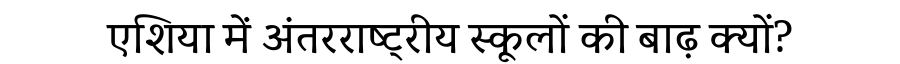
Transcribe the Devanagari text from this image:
एशिया में अंतरराष्ट्रीय स्कूलों की बाढ़ क्यों?